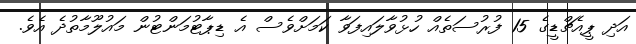
އަދި ޕީއެޗްޑީގެ 15 ފުރުސަތެއް ހުޅުވާލައިފަވާ ކަމަށްވެސް އެ ޑިޕާޓުމަންޓުން މައުލޫމާތުދެ އެވެ.